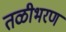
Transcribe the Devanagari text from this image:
तळीभरण